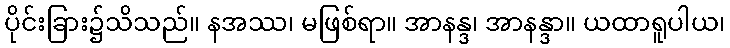
ပိုင်းခြား၌သိသည်။ နအဿ၊ မဖြစ်ရာ။ အာနန္ဒ၊ အာနန္ဒာ။ ယထာရူပါယ၊